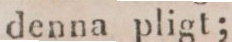
denna pligt;